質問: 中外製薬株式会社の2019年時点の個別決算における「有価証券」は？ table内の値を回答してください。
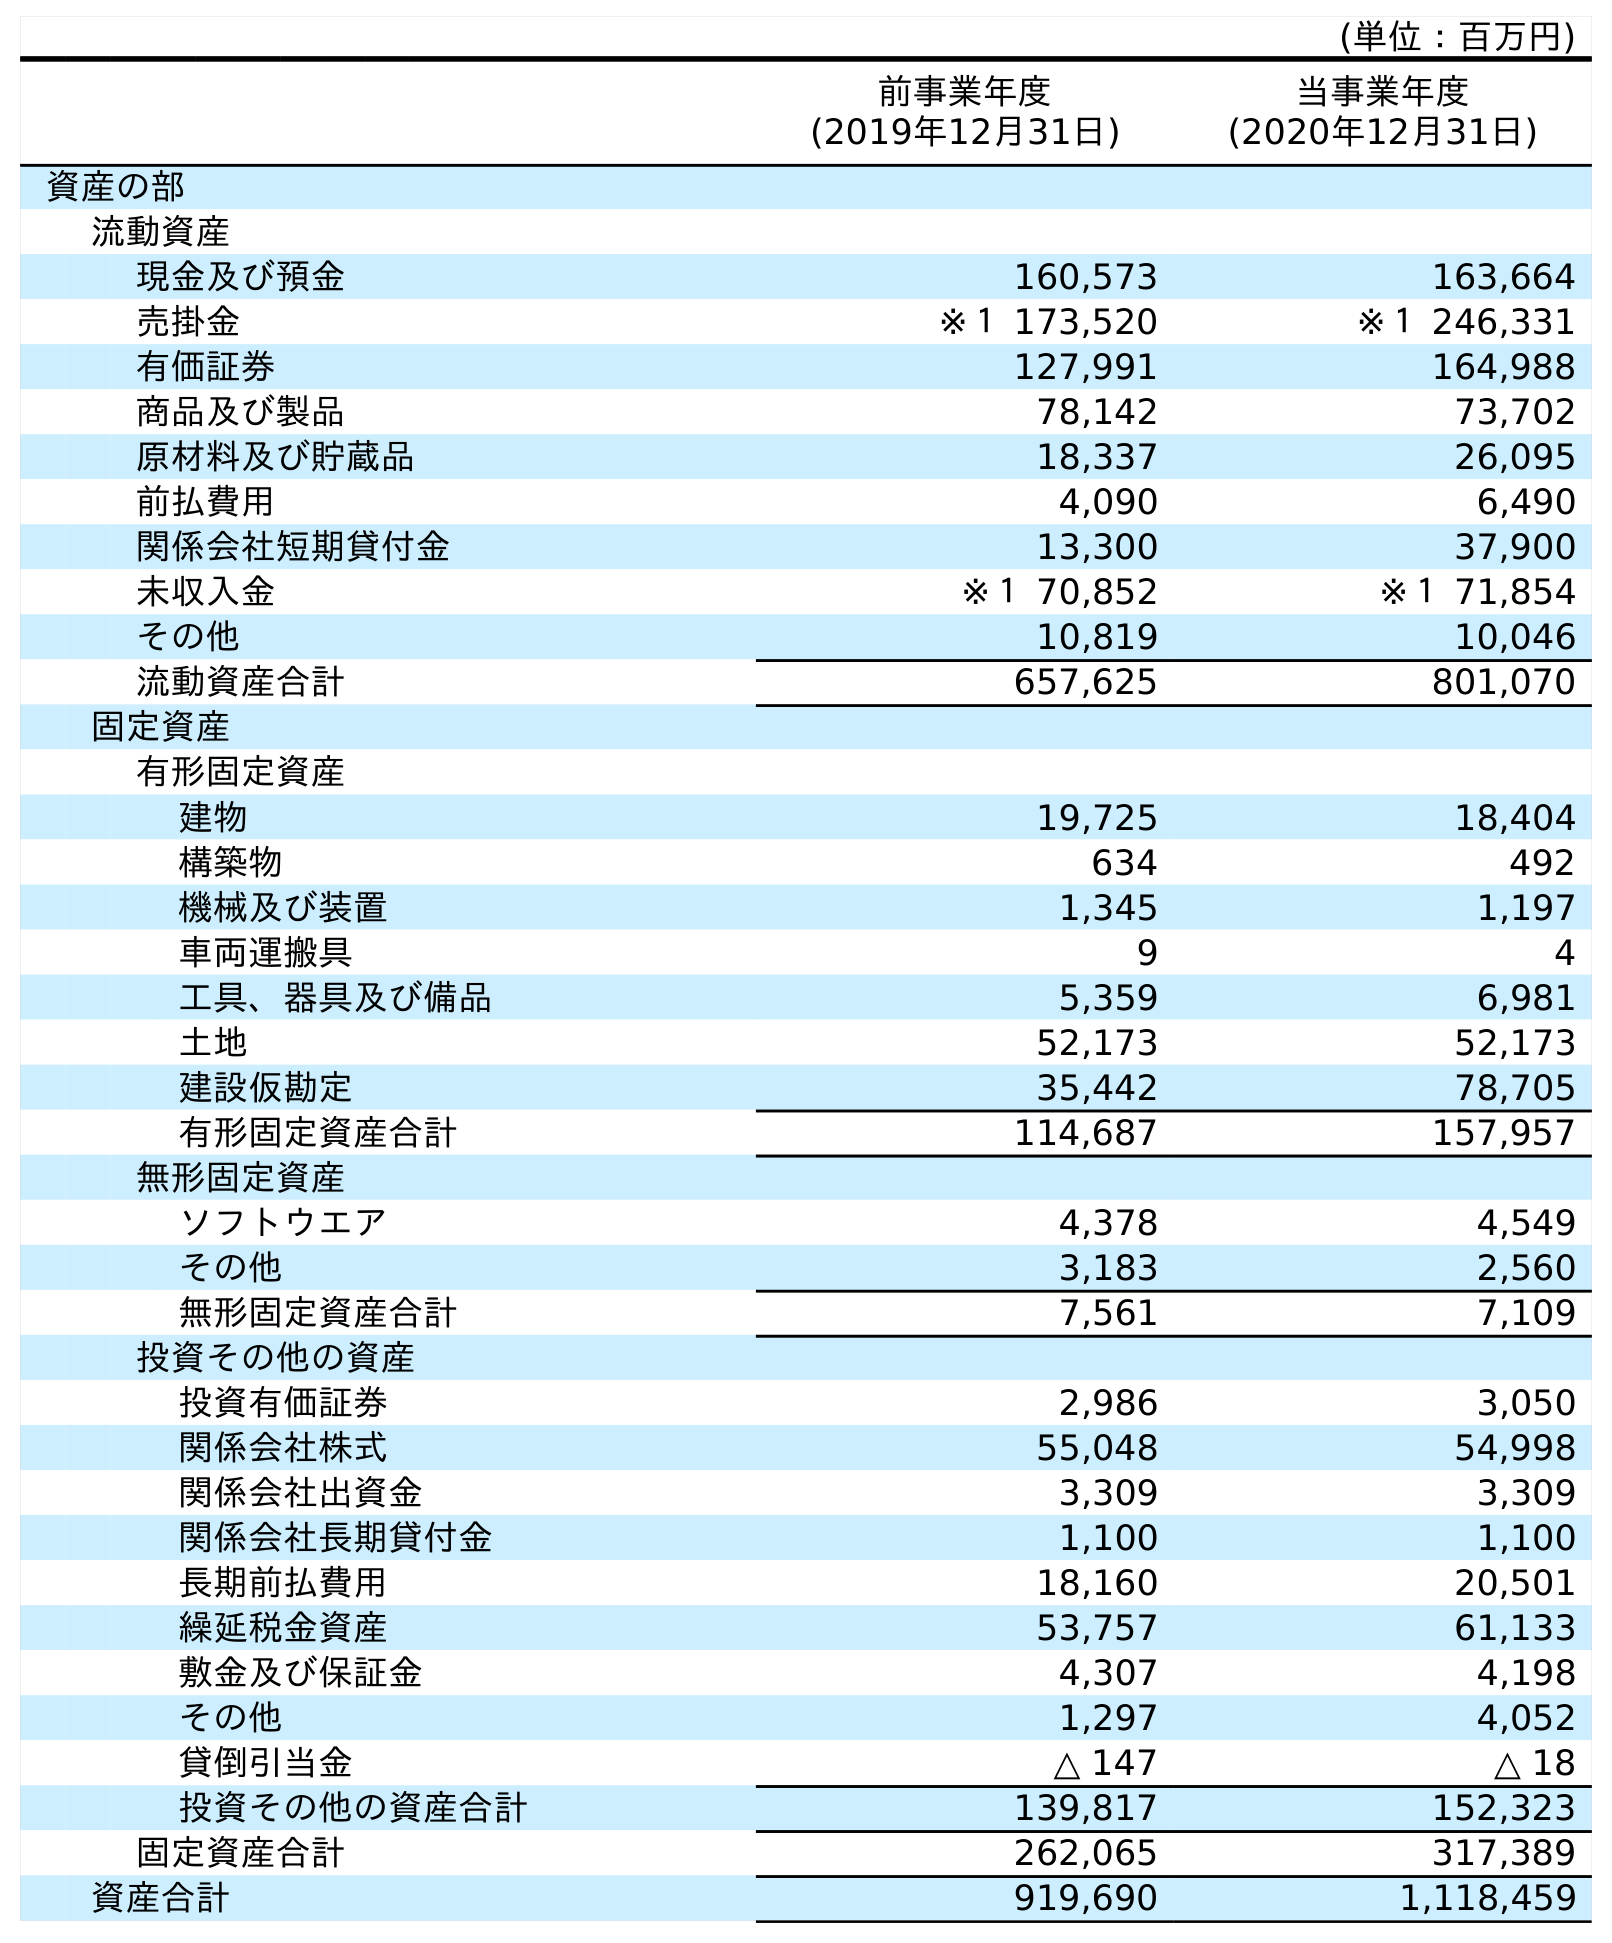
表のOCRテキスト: (単位：百万円) 前事業年度 (2019年12月31日) 当事業年度 (2020年12月31日) 資産の部 流動資産 現金及び預金 160,573 163,664 売掛金 ※１ 173,520 ※１ 246,331 有価証券 127,991 164,988 商品及び製品 78,142 73,702 原材料及び貯蔵品 18,337 26,095 前払費用 4,090 6,490 関係会社短期貸付金 13,300 37,900 未収入金 ※１ 70,852 ※１ 71,854 その他 10,819 10,046 流動資産合計 657,625 801,070 固定資産 有形固定資産 建物 19,725 18,404 構築物 634 492 機械及び装置 1,345 1,197 車両運搬具 9 4 工具、器具及び備品 5,359 6,981 土地 52,173 52,173 建設仮勘定 35,442 78,705 有形固定資産合計 114,687 157,957 無形固定資産 ソフトウエア 4,378 4,549 その他 3,183 2,560 無形固定資産合計 7,561 7,109 投資その他の資産 投資有価証券 2,986 3,050 関係会社株式 55,048 54,998 関係会社出資金 3,309 3,309 関係会社長期貸付金 1,100 1,100 長期前払費用 18,160 20,501 繰延税金資産 53,757 61,133 敷金及び保証金 4,307 4,198 その他 1,297 4,052 貸倒引当金 △ 147 △ 18 投資その他の資産合計 139,817 152,323 固定資産合計 262,065 317,389 資産合計 919,690 1,118,459
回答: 127,991